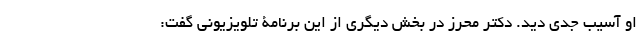
او آسیب جدی دید. دکتر محرز در بخش دیگری از این برنامۀ تلویزیونی گفت: